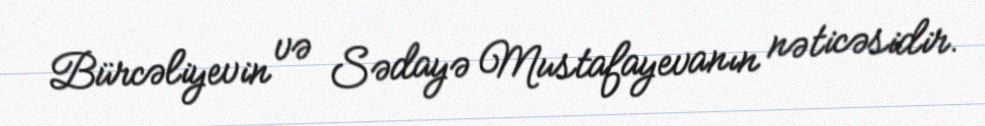
Bürcəliyevin və Sədayə Mustafayevanın nəticəsidir.